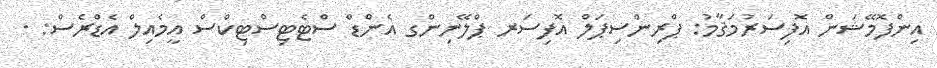
އިންފޮމޭޝަން އޮފިސަރުމަޤާމު: ޕްރިންސިޕަލް އޮފިސަރ ޕްލޭނިންގ އެންޑް ސްޓެޓިސްޓިކްސް އީމެއިލް އެޑްރެސް: .